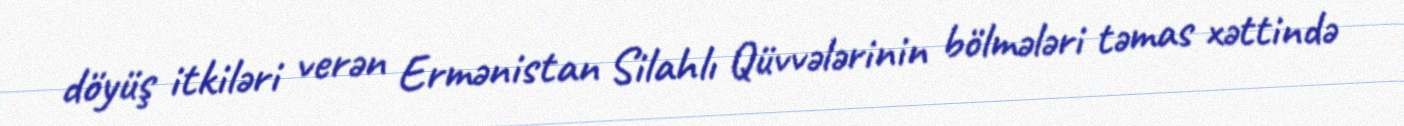
döyüş itkiləri verən Ermənistan Silahlı Qüvvələrinin bölmələri təmas xəttində